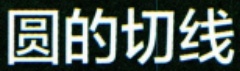
圆的切线